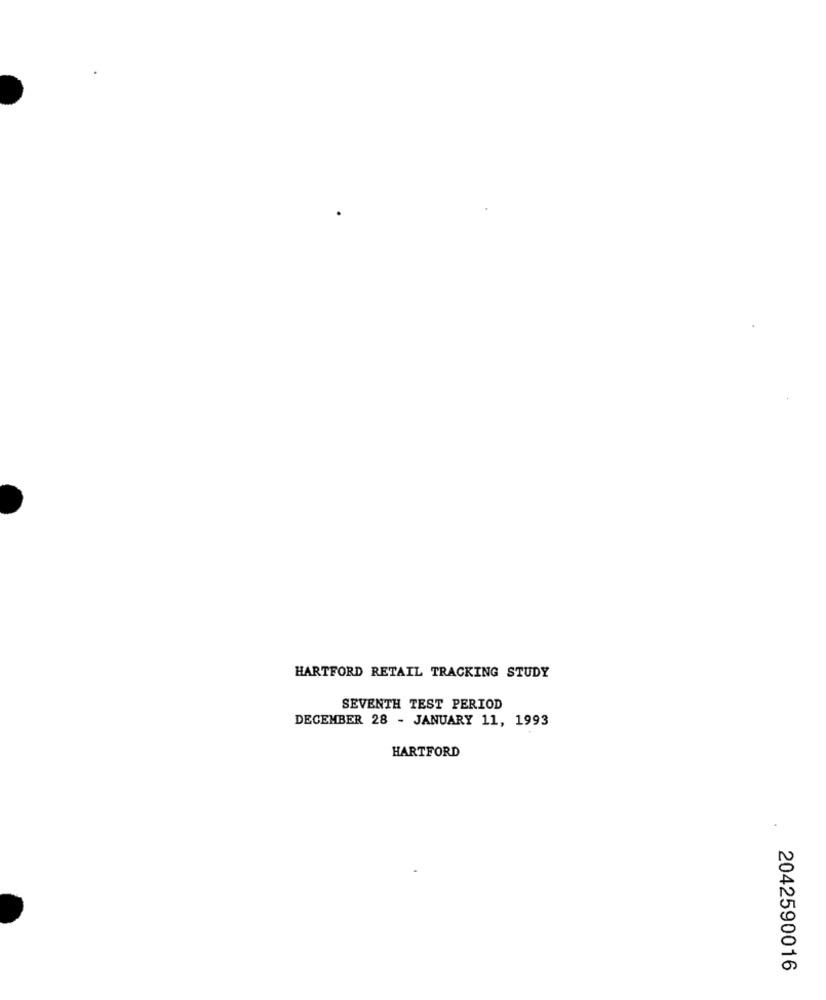
HARTFORD RETAIL TRACKING STUDY
SEVENTH TEST PERIOD
DECEMBER 28 - JANUARY 11, 1993
HARTFORD
2042590016